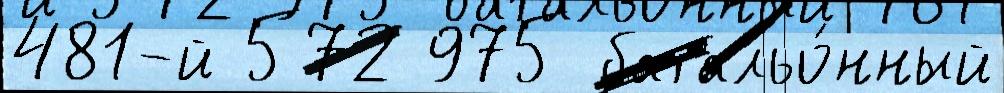
481-й 572 975 батальо́нный